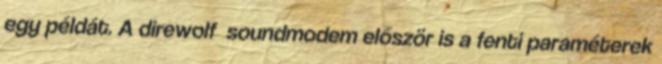
egy példát. A direwolf soundmodem először is a fenti paraméterek